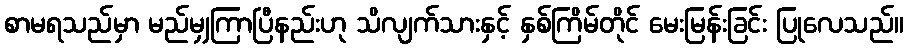
စာမရသည်မှာ မည်မျှကြာပြီနည်းဟု သိလျက်သားနှင့် နှစ်ကြိမ်တိုင် မေးမြန်းခြင်း ပြုလေသည်။